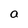
Character: a